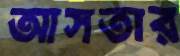
আসতার